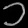
Digit: ၁